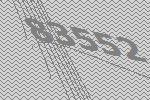
83552